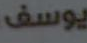
يوسف